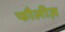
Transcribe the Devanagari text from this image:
फौलीज़